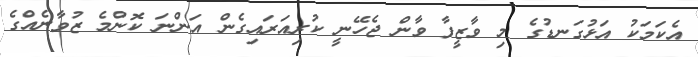
އެކަމަކު އަޅުގަނޑުގެ މި ވާޒީފާ ވާން ޖެހޭނީ ކުރިއަރައިގެން އަންނަ ކޮންމެ ޒުވާނެއްގެ